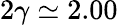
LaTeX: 2\gamma\simeq 2.00